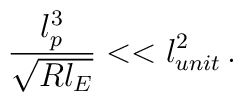
\frac{l_{p}^{3}}{\sqrt{Rl_{E}}}<<l_{unit}^{2}\,.